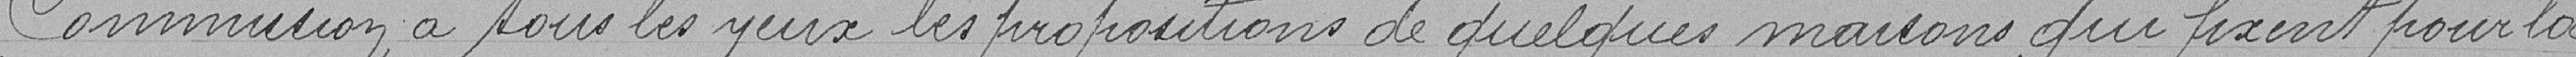
Commission a sous les yeux les propositions de quelques maisons qui fixent pour la